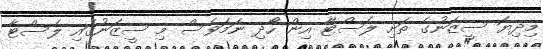
މިދިޔަ ސީޒަނުގެ ތަށި ލެސްޓާ އިން ހޯދި ނަމަވެސް މި ސީޒަނުގައި ލެސްޓާ